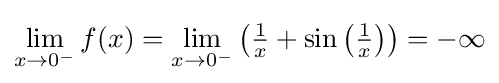
\lim _{x\to 0^{-}}f(x)=\lim _{x\to 0^{-}}\left({\tfrac {1}{x}}+\sin \left({\tfrac {1}{x}}\right)\right)=-\infty